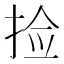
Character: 捡